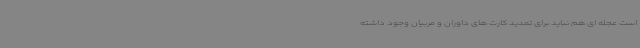
است عجله ای هم نباید برای تمدید کارت های داوران و مربیان وجود داشته